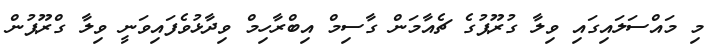
މި މައްސަލައިގައި ވިލާ ގުރޫޕުގެ ޗެއާމަން ގާސިމް އިބްރާހިމް ވިދާޅުވެފައިވަނީ ވިލާ ގްރޫޕުން